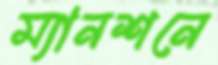
ম্যানশনে